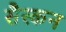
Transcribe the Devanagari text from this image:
सैस्कन